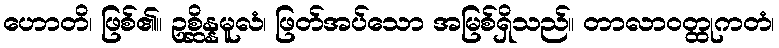
ဟောတိ၊ ဖြစ်၏။ ဥစ္ဆိန္နမူလံ၊ ဖြတ်အပ်သော အမြစ်ရှိသည်။ တာလာဝတ္ထုကတံ၊